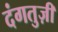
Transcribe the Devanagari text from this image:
दंगतुज़ी